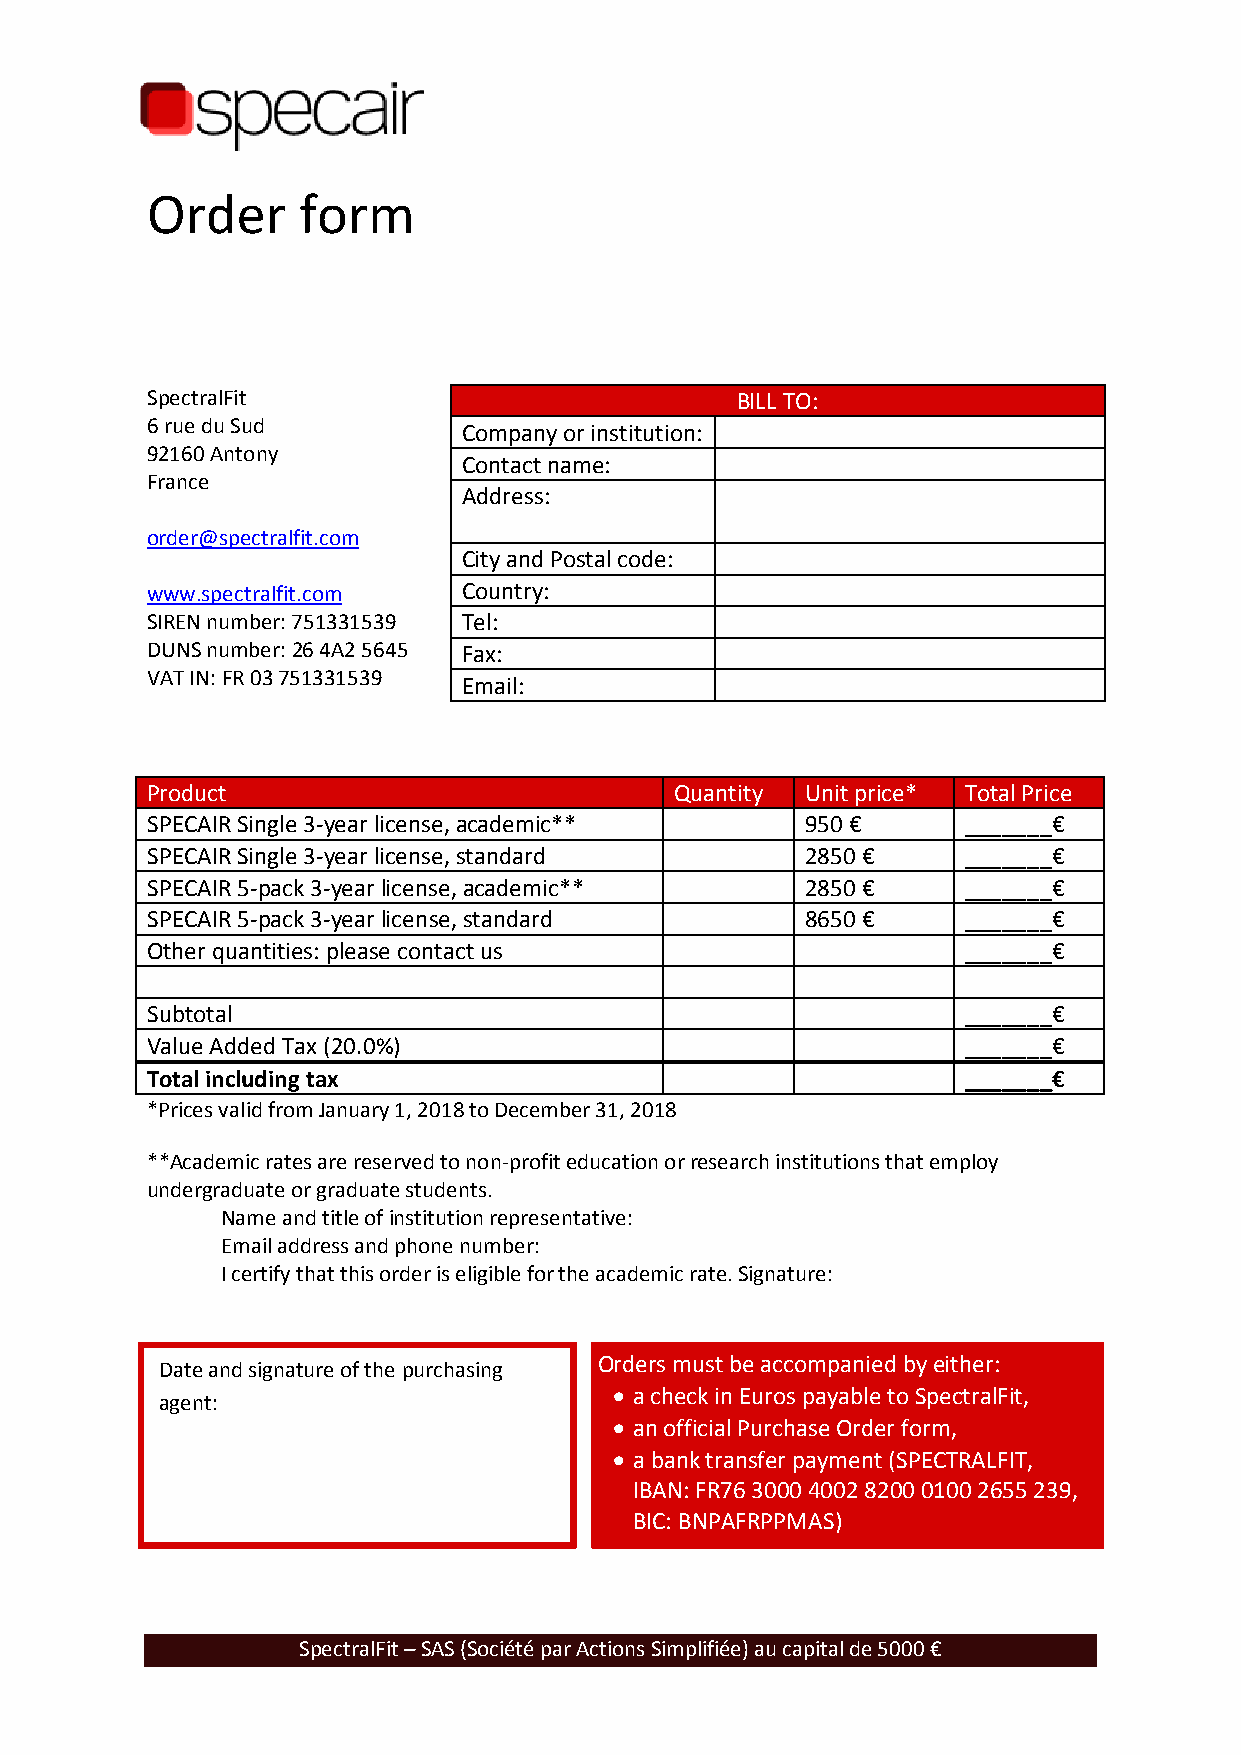
Order     form
 SpectralFit                            BILL TO:
 6 rue du Sud
 Company or institution:
 92160 Antony
 Contact name:
 France
 Address:
 order@spectralfit.com
 City and Postal code:
 www.spectralfit.com  Country:
 SIREN number: 751331539 Tel:
 DUNS number: 26 4A2 5645 Fax:
 VAT IN: FR 03 751331539
 Email:
 Product                            Quantity Unit price* Total Price
 SPECAIR Single 3-year license, academic**  950 €      _______€
 SPECAIR Single 3-year license, standard    2850 €     _______€
 SPECAIR 5-pack 3-year license, academic**  2850 €     _______€
 SPECAIR 5-pack 3-year license, standard    8650 €     _______€
 Other quantities: please contact us                   _______€
 Subtotal                                              _______€
 Value Added Tax (20.0%)                               _______€
 Total including tax                                   _______€
 *Prices valid from January 1, 2018 to December 31, 2018
 **Academic rates are reserved to non-profit education or research institutions that employ
 undergraduate or graduate students.
 Name and title of institution representative:
 Email address and phone number:
 I certify that this order is eligible for the academic rate. Signature:
 Orders must be accompanied by either:
 Date and signature of the purchasing
 • a check in Euros payable to SpectralFit,
 agent:
 • an official Purchase Order form,
 • a bank transfer payment (SPECTRALFIT,
 IBAN: FR76 3000 4002 8200 0100 2655 239,
 BIC: BNPAFRPPMAS)
 SpectralFit – SAS (Société par Actions Simplifiée) au capital de 5000 €